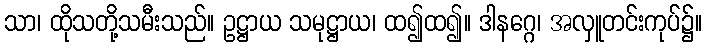
သာ၊ ထိုသတို့သမီးသည်။ ဥဋ္ဌာယ သမုဋ္ဌာယ၊ ထ၍ထ၍။ ဒါနဂ္ဂေ၊ အလှူတင်းကုပ်၌။